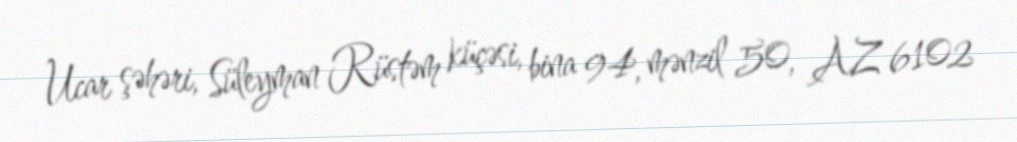
Ucar şəhəri, Süleyman Rüstəm küçəsi, bina 94, mənzil 50, AZ 6102